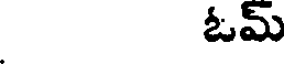
ఓమ్